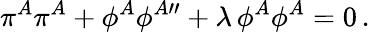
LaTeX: \pi^{A}\pi^{A}+\phi^{A}\phi^{A\prime\prime}+\lambda\, \phi^{A}\phi^{A}=0\, .